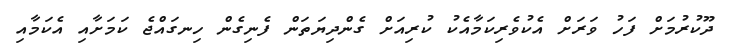
ދޫކުރުމަށް ފަހު ވަރަށް އެކުވެރިކަމާއެކު ކުރިއަށް ގެންދިޔަތަން ފެނިގެން ހިނގައްޖެ ކަމަށާއި އެކަމާއި